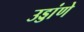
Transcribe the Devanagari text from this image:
उड्डांणे